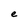
Character: e